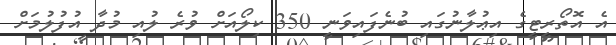
އެ އޮތޯރީޓީގެ އިޢުލާނުގައި ބުނެފައިވަނީ 350 ކިލޯއަށް ވުރެ ލުއި މުދާ އުފުލުމަށް